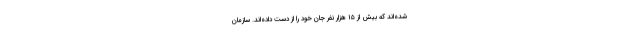
شده‌اند که بیش از ۱۵ هزار نفر جان خود را از دست داده‌اند. سازمان